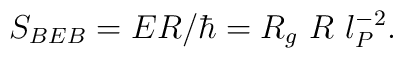
S_{BEB} = ER/\hbar = R_g~ R ~l_P^{-2}.